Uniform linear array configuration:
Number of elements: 12
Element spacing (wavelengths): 0.75
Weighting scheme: binomial
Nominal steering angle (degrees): -15
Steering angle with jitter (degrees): -15.728
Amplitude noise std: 0.05
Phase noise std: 0.05

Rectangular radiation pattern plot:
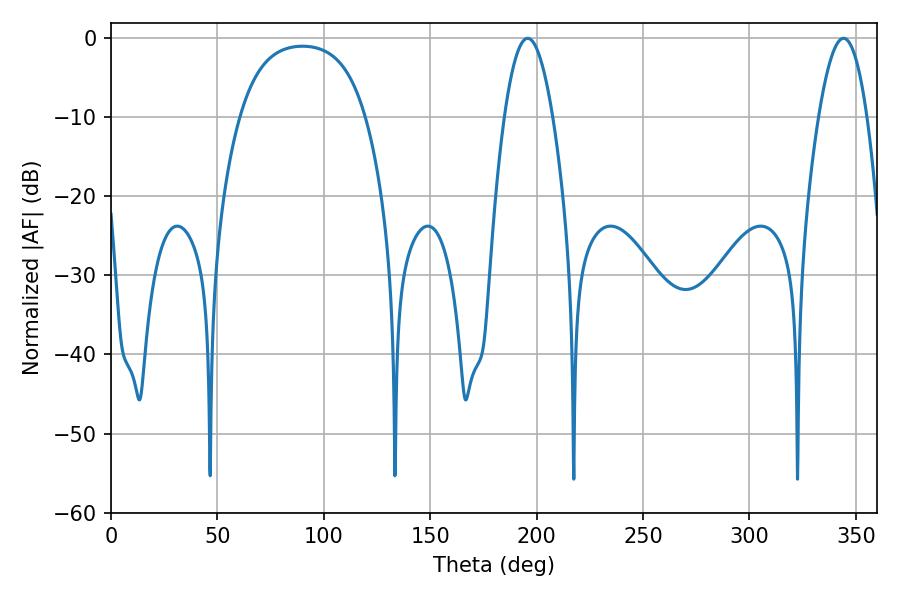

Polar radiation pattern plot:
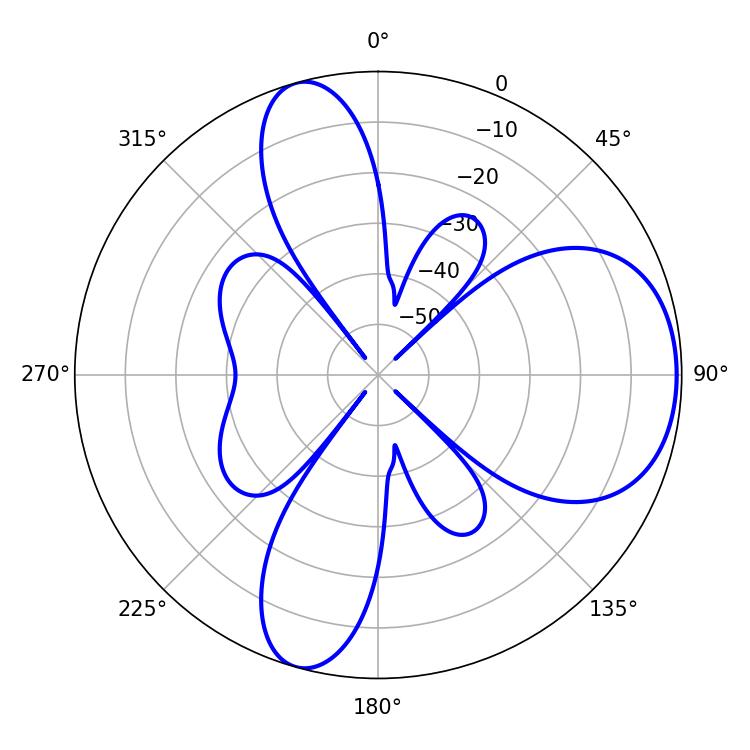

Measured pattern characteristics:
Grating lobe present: TRUE
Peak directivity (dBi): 6.908
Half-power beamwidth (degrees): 12.42
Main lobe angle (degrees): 195.84